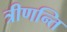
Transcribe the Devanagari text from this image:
त्रीणन्ति